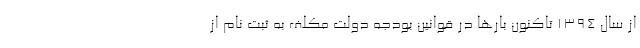
از سال ۱۳۹۴ تاکنون بارها در قوانین بودجه دولت مکلف به ثبت نام از